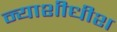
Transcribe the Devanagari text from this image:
न्‍याशीधीश